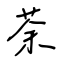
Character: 荼